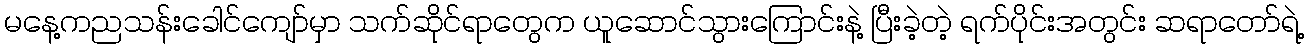
မနေ့ကညသန်းခေါင်ကျော်မှာ သက်ဆိုင်ရာတွေက ယူဆောင်သွားကြောင်းနဲ့ ပြီးခဲ့တဲ့ ရက်ပိုင်းအတွင်း ဆရာတော်ရဲ့